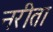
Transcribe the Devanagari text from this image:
नरीता